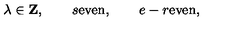
\lambda \in { \bf Z } , \qquad s \mathrm { e v e n } , \qquad e - r \mathrm { e v e n } ,